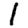
Digit: 1